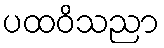
ပထဝိသညာ